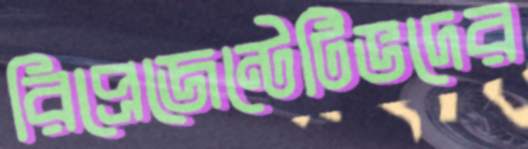
রিপ্রেজেন্টেটিভদের